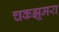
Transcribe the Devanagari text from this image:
चकझूमरा